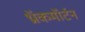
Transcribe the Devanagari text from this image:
थ्रॉकमॉर्टन